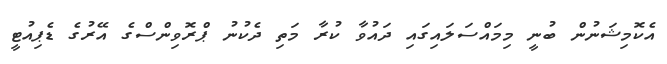
އެކޮމިޝަނުން ބުނީ މިމައްސަލައިގައި ދައުވާ ކުރާ މަތި ދެކުނު ޕްރޮވިންސްގެ އޭރުގެ ޑެޕިއުޓީ